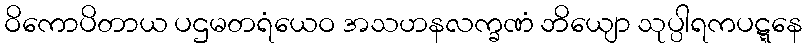
ဝိကောပိတာယ ပဌမတရံယေဝ အသဟနလက္ခဏံ ဘိယျော သုပ္ပါရကပဋ္ဋနေ